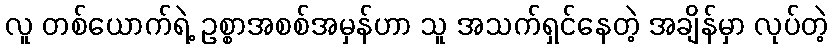
လူ တစ်ယောက်ရဲ့ ဥစ္စာအစစ်အမှန်ဟာ သူ အသက်ရှင်နေတဲ့ အချိန်မှာ လုပ်တဲ့